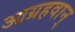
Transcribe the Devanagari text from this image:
आग्रहवान्‌